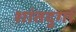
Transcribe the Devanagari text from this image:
शांतदुर्गा